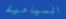
السياحية